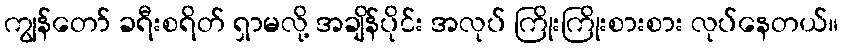
ကျွန်တော် ခရီးစရိတ် ရှာမလို့ အချိန်ပိုင်း အလုပ် ကြိုးကြိုးစားစား လုပ်နေတယ်။